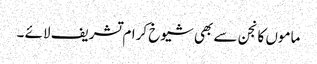
ماموں کانجن سے بھی شیوخ کرام تشریف لائے ۔